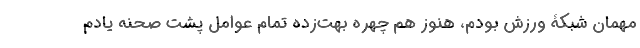
مهمان شبکۀ ورزش بودم، هنوز هم چهره بهت‌زده تمام عوامل پشت صحنه یادم